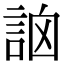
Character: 䛜